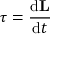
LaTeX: { \boldsymbol { \tau } } = { \frac { \mathrm { d } \mathbf { L } } { \mathrm { d } t } }